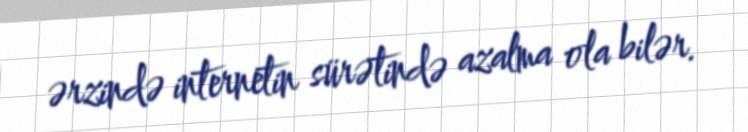
ərzində internetin sürətində azalma ola bilər.